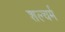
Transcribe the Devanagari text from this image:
शल्चर्म